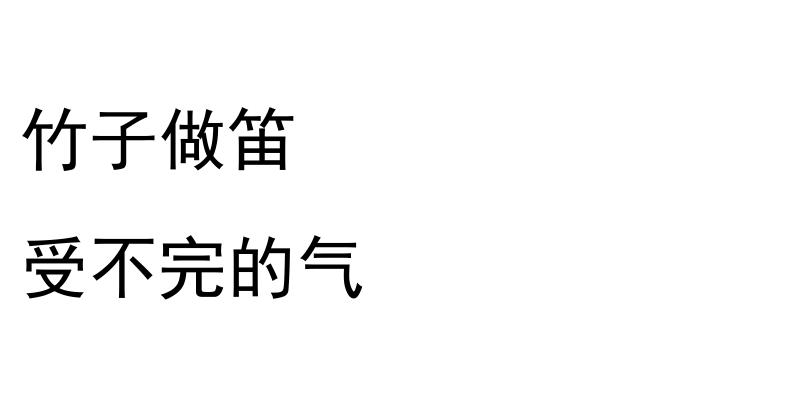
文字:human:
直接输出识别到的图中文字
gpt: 竹子做笛 受不完的气